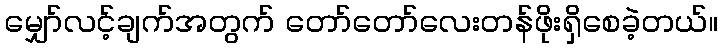
မျှော်လင့်ချက်အတွက် တော်တော်လေးတန်ဖိုးရှိစေခဲ့တယ်။